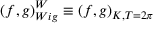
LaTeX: \left( f , g \right) _ { W i g } ^ { W } \equiv \left( f , g \right) _ { K , T = 2 \pi }